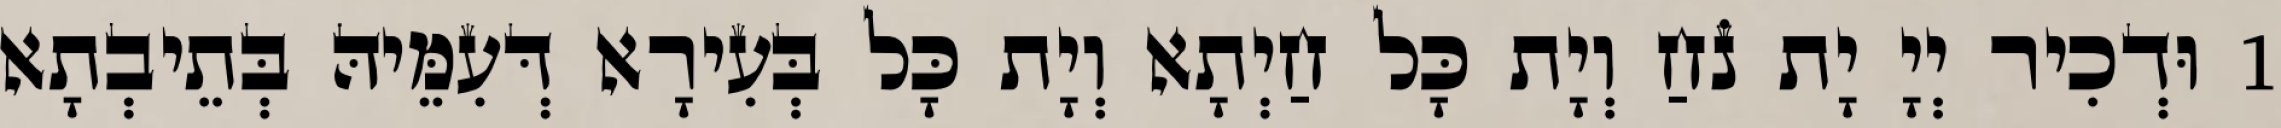
1 וּדְכִיר יְיָ יָת נֹחַ וְיָת כָּל חַיְתָא וְיָת כָּל בְּעִירָא דְּעִמֵּיהּ בְּתֵיבְתָא